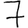
Digit: 7